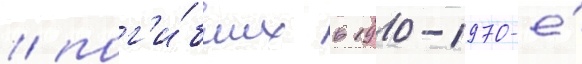
/ пог'и́бших в 1910-1970-е́